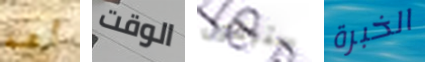
أهه الوقت ستبقون الخبرة